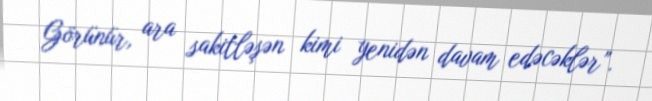
Görünür, ara sakitləşən kimi yenidən davam edəcəklər”.